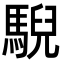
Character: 䮘